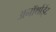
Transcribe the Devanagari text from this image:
अनॉर्थाईट